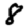
Digit: 8